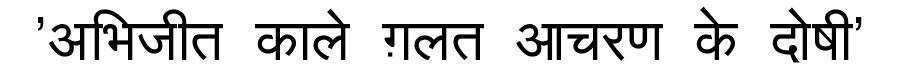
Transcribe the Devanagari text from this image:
'अभिजीत काले ग़लत आचरण के दोषी'